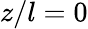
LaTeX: z/l=0